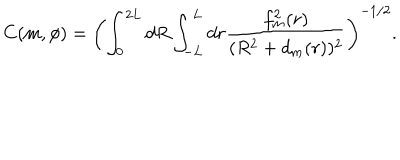
C ( m , { \phi } ) = \left( \int _ { 0 } ^ { 2 L } d R \int _ { - L } ^ { L } d r \frac { f _ { m } ^ { 2 } ( r ) } { ( R ^ { 2 } + d _ { m } ( r ) ) ^ { 2 } } \right) ^ { - 1 / 2 } .